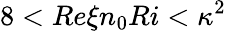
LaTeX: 8<Re\xi n_{0}Ri<\kappa^{2}